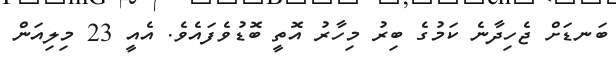
ބަނޑަށް ޖެހިދާނެ ކަމުގެ ބިރު މިހާރު އޮތީ ބޮޑުވެފައެވެ. އެއީ 23 މިލިއަން